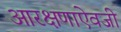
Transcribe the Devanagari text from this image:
आरक्षणाऐवजी